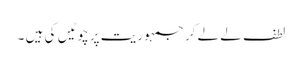
لطف لے لے کر جمہوریت پر چوٹیں کی ہیں ۔